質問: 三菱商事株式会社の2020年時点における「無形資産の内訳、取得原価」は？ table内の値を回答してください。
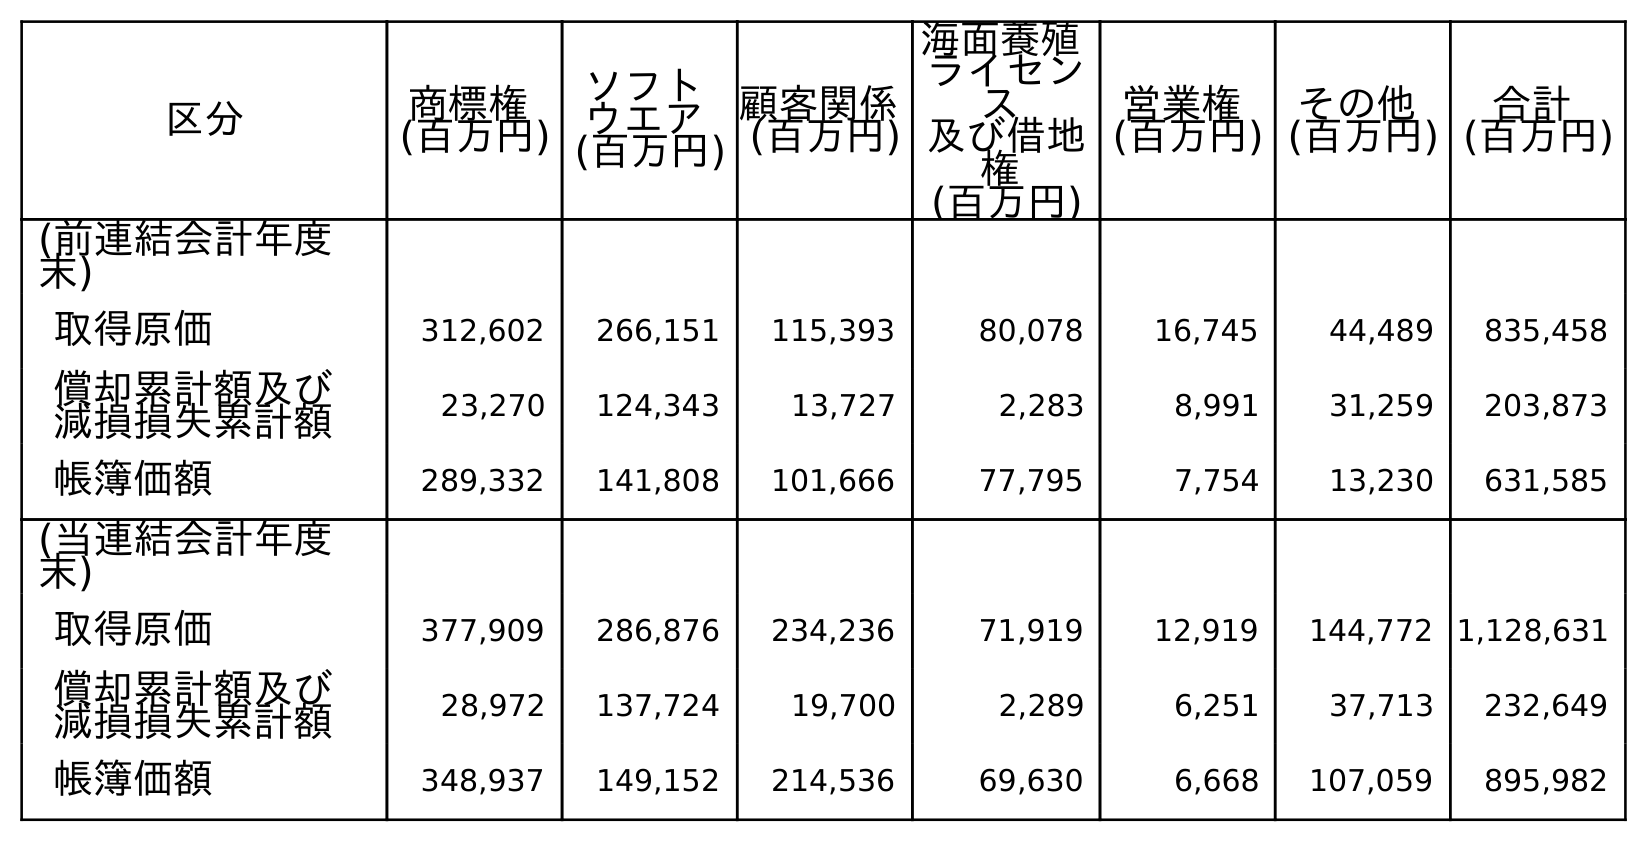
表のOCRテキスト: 区分 商標権 (百万円) ソフト ウエア (百万円) 顧客関係 (百万円) 海面養殖 ライセン ス 及び借地 権 (百万円) 営業権 (百万円) その他 (百万円) 合計 (百万円) (前連結会計年度 末) 取得原価 312,602 266,151 115,393 80,078 16,745 44,489 835,458 償却累計額及び 減損損失累計額 23,270 124,343 13,727 2,283 8,991 31,259 203,873 帳簿価額 289,332 141,808 101,666 77,795 7,754 13,230 631,585 (当連結会計年度 末) 取得原価 377,909 286,876 234,236 71,919 12,919 144,772 1,128,631 償却累計額及び 減損損失累計額 28,972 137,724 19,700 2,289 6,251 37,713 232,649 帳簿価額 348,937 149,152 214,536 69,630 6,668 107,059 895,982
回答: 1,128,631